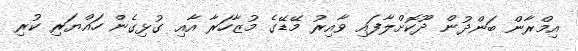
އިމްރާން ބަންދުން ދޫކޮށްލާފައި ވާއިރު މޭޑޭގެ މުޒާހަރާ އާއި ގުޅިގެން ހައްޔަރި ކުރި